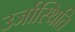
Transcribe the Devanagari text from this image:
उर्जास्थिति